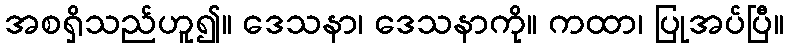
အစရှိသည်ဟူ၍။ ဒေသနာ၊ ဒေသနာကို။ ကထာ၊ ပြုအပ်ပြီ။